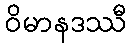
ဝိမာနဒဿီ